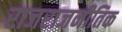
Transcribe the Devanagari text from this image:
राजराजनीतिक